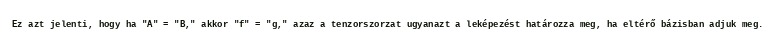
Ez azt jelenti, hogy ha "A" = "B," akkor "f" = "g," azaz a tenzorszorzat ugyanazt a leképezést határozza meg, ha eltérő bázisban adjuk meg.